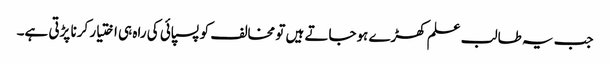
جب یہ طالب علم کھڑے ہوجاتے ہیں تو مخالف کو پسپائی کی راہ ہی اختیار کرنا پڑتی ہے۔